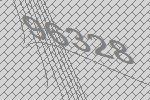
96328